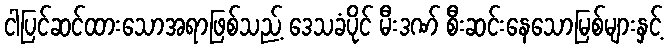
ငါပြင်ဆင်ထားသောအရာဖြစ်သည့် ဒေသခံပိုင် မီးဒဏ် စီးဆင်းနေသောမြစ်များနှင့်